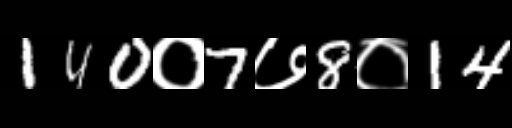
Text: 140०7७8०14